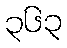
၃၆၃